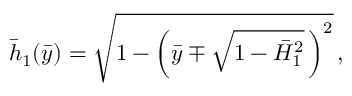
\bar { h } _ { 1 } ( \bar { y } ) = \sqrt { 1 - \left( \bar { y } \mp \sqrt { 1 - \bar { H } _ { 1 } ^ { 2 } } \, \right) ^ { 2 } } \, ,